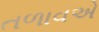
તળાવએ